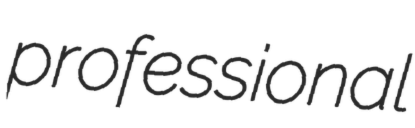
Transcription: professional